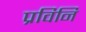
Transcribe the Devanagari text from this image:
प्रविनि